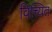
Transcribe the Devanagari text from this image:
वित्त्यित